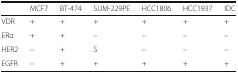
|  | MCF7 | BT-474 | SUM-229PE | HCC1806 | HCC1937 | IDC |
 | --- | --- | --- | --- | --- | --- | --- |
 | VDR | + | + | + | + | + | + |
 | ERα | + | + | – | – | – | – |
 | HER2 | – | + | S | – | – | – |
 | EGFR | – | + | + | + | + | + |